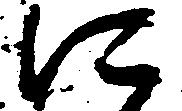
に